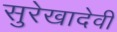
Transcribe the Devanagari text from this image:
सुरेखादेवी